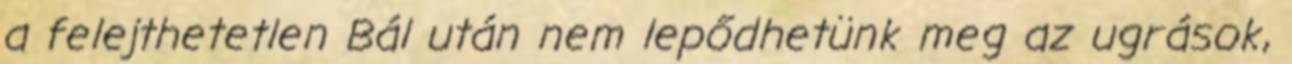
a felejthetetlen Bál után nem lepődhetünk meg az ugrások,